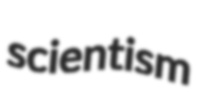
scientism